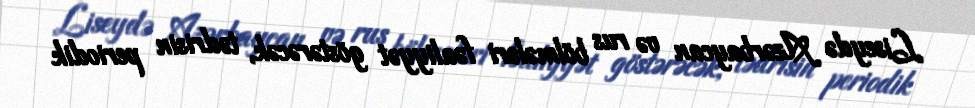
Liseydə Azərbaycan və rus bölmələri fəaliyyət göstərəcək, tədrisin periodik